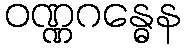
ဝဏ္ဏဂန္ဓေန